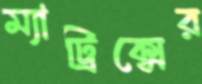
ম্যাট্রিক্সের